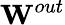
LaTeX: {\mathbf W}^{out}